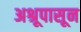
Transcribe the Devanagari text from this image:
अश्रूपासून